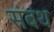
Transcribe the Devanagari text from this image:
संबंथ